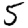
Digit: 5